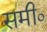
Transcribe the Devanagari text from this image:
समी०